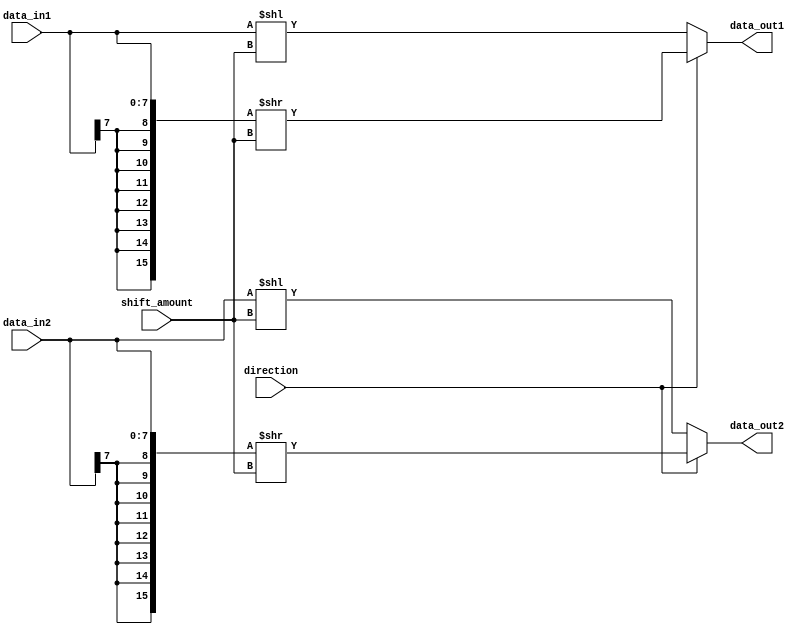
module barrel_shifter2 #(parameter WIDTH = 8, parameter SHIFT_BITS = 3)(
    input wire signed [WIDTH-1:0] data_in1,
    input wire signed [WIDTH-1:0] data_in2,
    input wire [SHIFT_BITS-1:0] shift_amount,
    input wire direction, // 0 for left shift, 1 for right shift
    output reg signed [WIDTH-1:0] data_out1,
    output reg signed [WIDTH-1:0] data_out2
);

    always @* begin
        if (direction == 1'b0) begin
            // Left shift
            data_out1 = data_in1 << shift_amount;
            data_out2 = data_in2 << shift_amount;
            
        end else begin
            // Right shift with sign extension
            data_out1 = {{WIDTH{data_in1[WIDTH-1]}},data_in1} >> shift_amount;
            data_out2 = {{WIDTH{data_in2[WIDTH-1]}},data_in2} >> shift_amount;
        end
    end

endmodule
//
//module barrel_shifter2 #(parameter WIDTH = 8, parameter SHIFT_BITS = 3)(
//    input wire signed [WIDTH-1:0] data_in1,
//    input wire signed [WIDTH-1:0] data_in2,
//    input wire [SHIFT_BITS-1:0] shift_amount,
//    input wire direction, // 0 for left shift, 1 for right shift
//    output reg signed [WIDTH-1:0] data_out1,
//    output reg signed [WIDTH-1:0] data_out2,
//    output reg signed [WIDTH-1:0] data_out3
//    
//    );
//    
//    reg signed [WIDTH-1:0] shifted_data1;
//    reg signed [WIDTH-1:0] shifted_data2;
//    reg signed [WIDTH-1:0] carry_data1;
//    reg signed [WIDTH-1:0] carry_data2;
//
//    always @* begin
//        if (direction == 1'b0) begin
//            // Left shift
//            shifted_data1 = data_in1 << shift_amount;
//            shifted_data2 = data_in2 << shift_amount;
//            carry_data1 = data_in1 >> (WIDTH - shift_amount);
//            carry_data2 = data_in2 >> (WIDTH - shift_amount);
//        end else begin
//            // Right shift with sign extension
//            shifted_data1 = data_in1 >>> shift_amount;
//            shifted_data2 = data_in2 >>> shift_amount;
//            carry_data1 = data_in1 << (WIDTH - shift_amount);
//            carry_data2 = data_in2 << (WIDTH - shift_amount);
//        end
//        
//        // Combine shifted data and carry data
//        data_out1 = shifted_data1;
//        data_out2 = shifted_data2;
//        result = {1'b0, data_out1} + {1'b0, data_out2} + {1'b0, carry_data1} + {1'b0, carry_data2};
//    end
//endmodule
//

module barrel_shifter #(parameter WIDTH = 8, parameter SHIFT_BITS = 3)(
    input wire signed [WIDTH-1:0] data_in,
    input wire [SHIFT_BITS-1:0] shift_amount,
    input wire direction, // 0 for left shift, 1 for right shift
    output reg signed [WIDTH-1:0] data_out
);
    always @* begin
        if (direction == 1'b0) begin
            // Left shift
            data_out = data_in << shift_amount;

        end else begin
            // Right shift with sign extension
            data_out = {{WIDTH{data_in[WIDTH-1]}},data_in} >> shift_amount;

        end
    end
endmodule